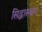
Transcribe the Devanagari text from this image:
सिद्धारुबम